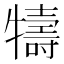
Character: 㹗